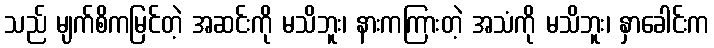
သည် မျက်စိကမြင်တဲ့ အဆင်းကို မသိဘူး၊ နားကကြားတဲ့ အသံကို မသိဘူး၊ နှာခေါင်းက